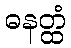
ဓနတ္ထံ